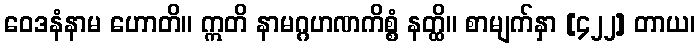
ဝေဒနံနာမ ဟောတိ။ ဣတိ နာမဂ္ဂဟဏကိစ္စံ နတ္ထိ။ စာမျက်နှာ [၄၂၂] တာယ၊